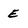
Character: E